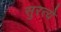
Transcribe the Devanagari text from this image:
सुरत्ये